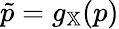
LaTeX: \tilde{p}=g_{\mathbb{X}}(p)